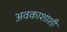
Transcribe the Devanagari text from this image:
अवकाशाशी